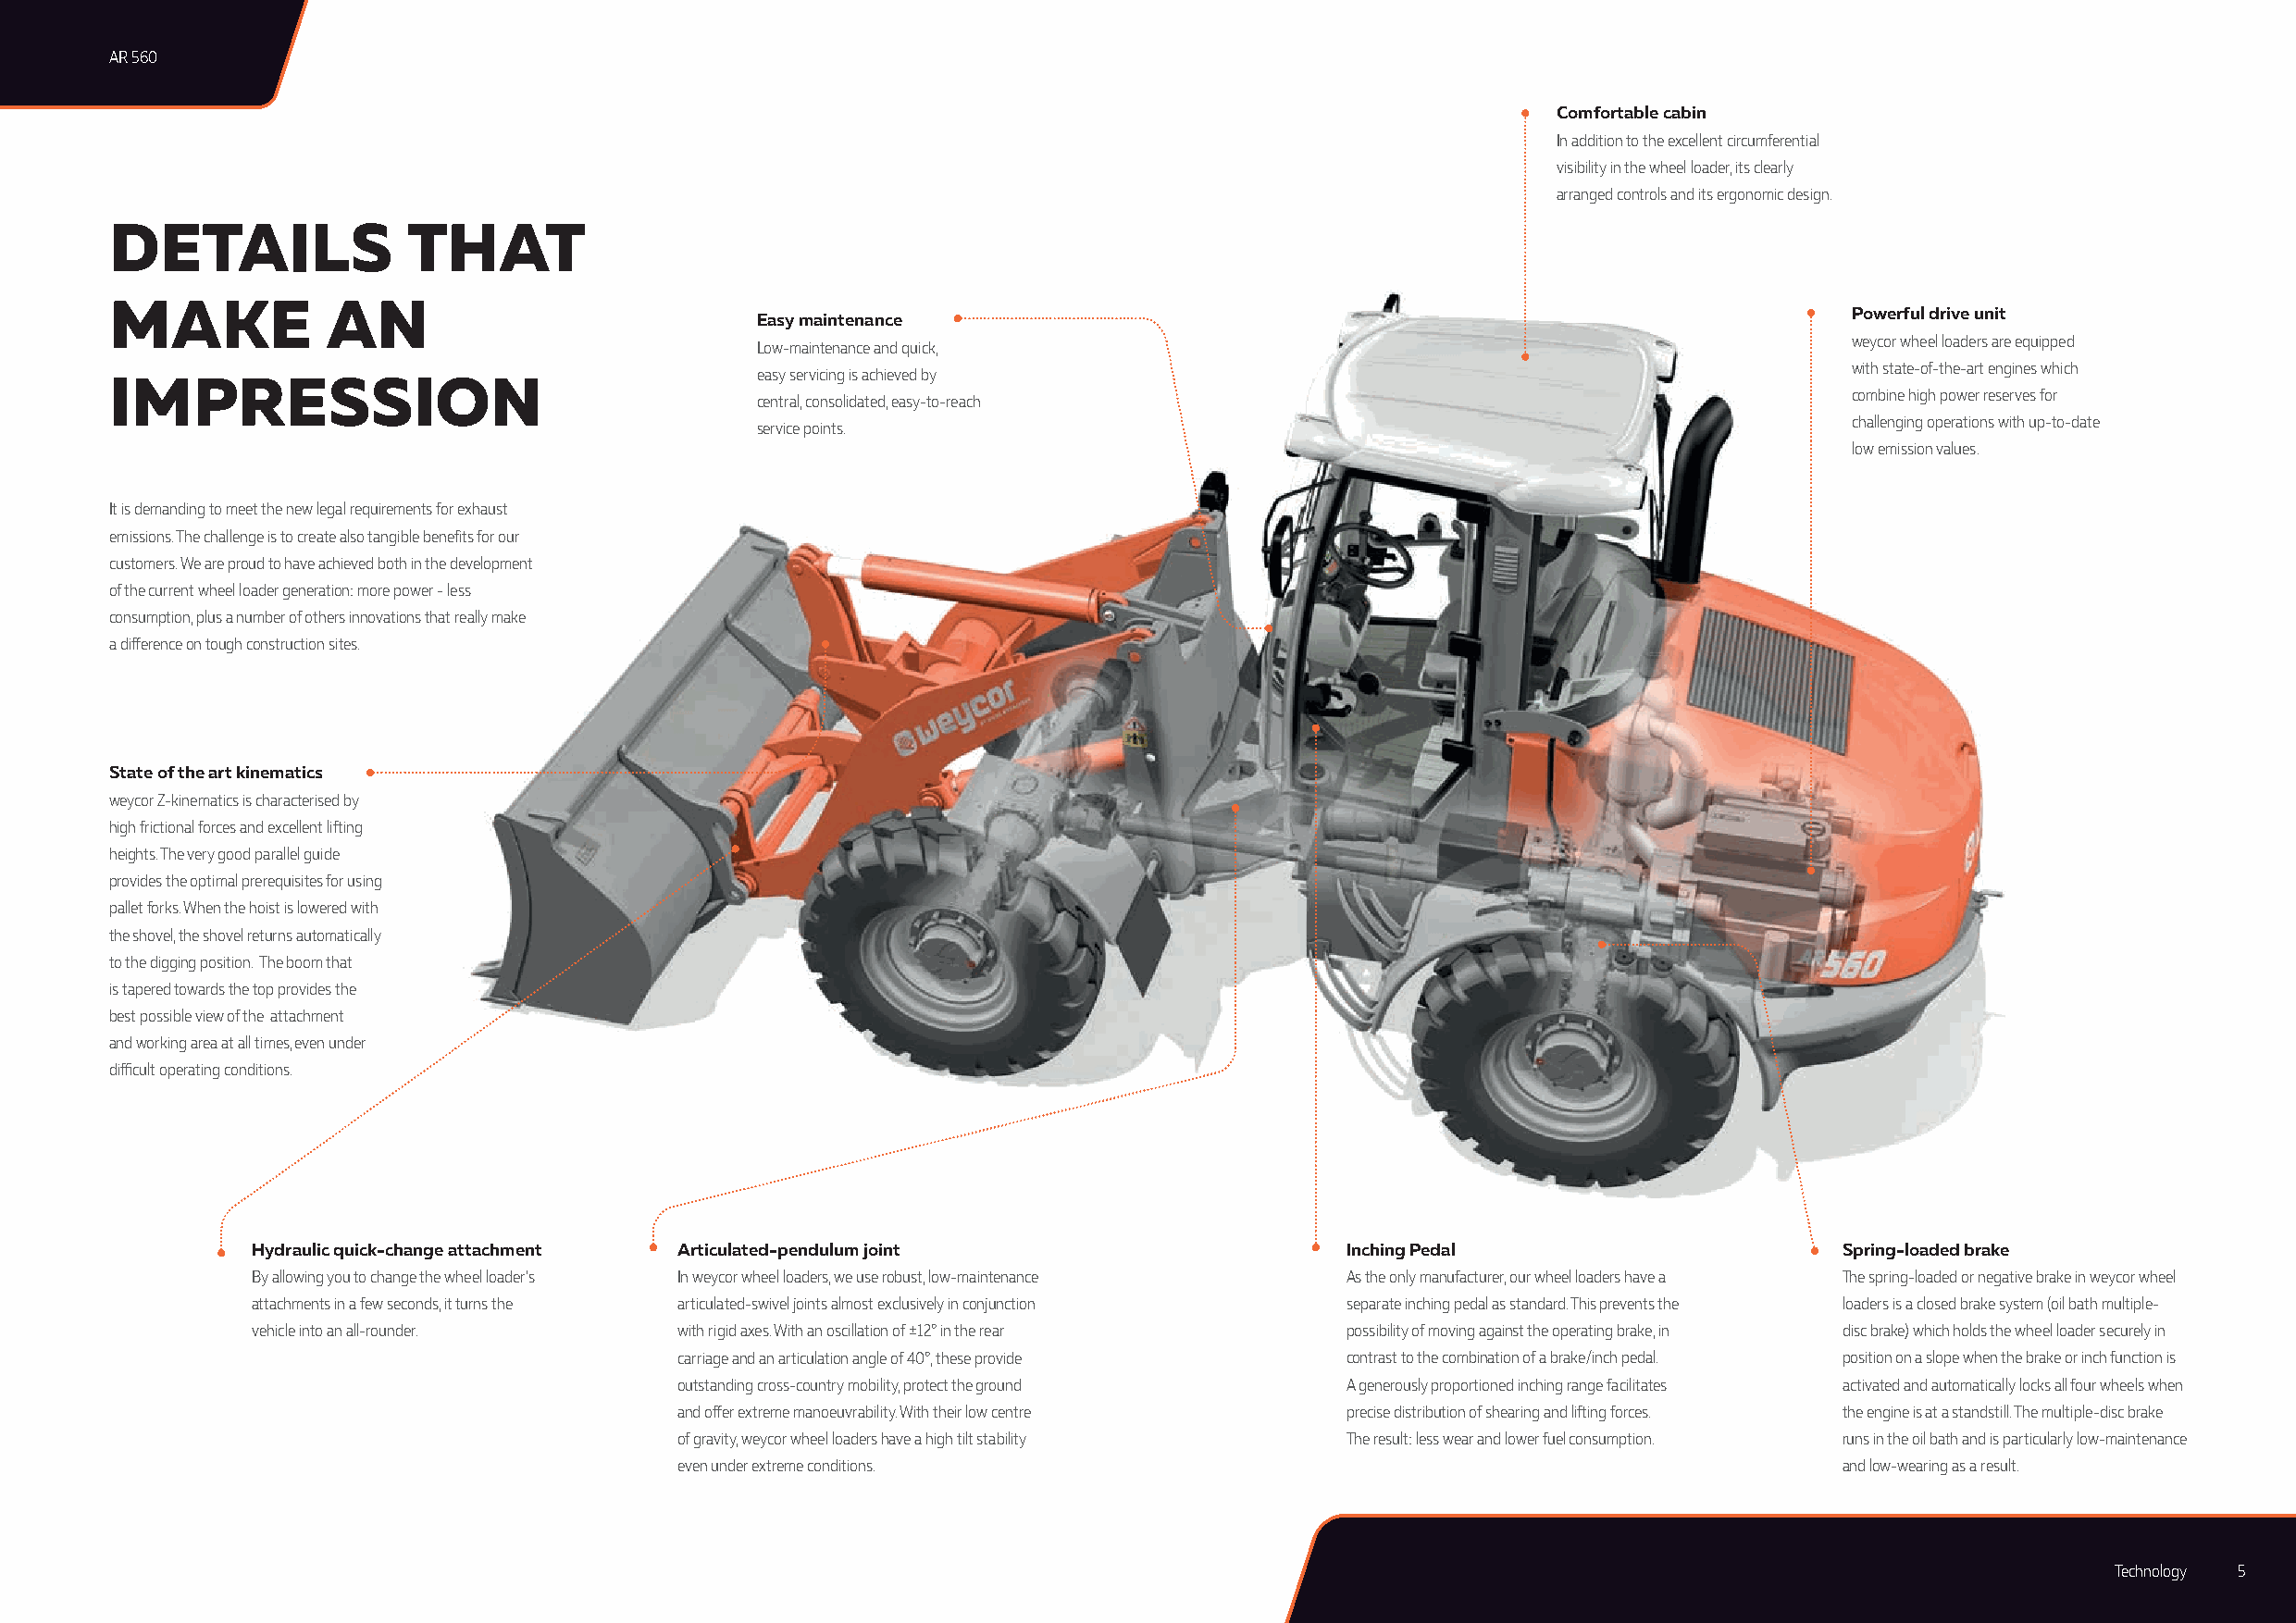
AR 560
 Comfortable cabin
 In addition to the excellent circumferential
 visibility in the wheel loader, its clearly
 arranged controls and its ergonomic design.
 DETAILS              THAT
 MAKE           AN
 Powerful drive unit
 Easy maintenance
 weycor wheel loaders are equipped
 Low-maintenance and quick,
 with state-of-the-art engines which
 easy servicing is achieved by
 IMPRESSION
 combine high power reserves for
 central, consolidated, easy-to-reach
 challenging operations with up-to-date
 service points.
 low emission values.
 It is demanding to meet the new legal requirements for exhaust
 emissions. The challenge is to create also tangible benefits for our
 customers. We are proud to have achieved both in the development
 of the current wheel loader generation: more power - less
 consumption, plus a number of others innovations that really make
 a difference on tough construction sites.
 State of the art kinematics
 weycor Z-kinematics is characterised by
 high frictional forces and excellent lifting
 heights. The very good parallel guide
 provides the optimal prerequisites for using
 pallet forks. When the hoist is lowered with
 the shovel, the shovel returns automatically
 to the digging position. The boom that
 is tapered towards the top provides the
 best possible view of the attachment
 and working area at all times, even under
 difficult operating conditions.
 Hydraulic quick-change attachment Articulated-pendulum joint                  Inching Pedal                       Spring-loaded brake
 By allowing you to change the wheel loader’s In weycor wheel loaders, we use robust, low-maintenance As the only manufacturer, our wheel loaders have a The spring-loaded or negative brake in weycor wheel
 attachments in a few seconds, it turns the articulated-swivel joints almost exclusively in conjunction separate inching pedal as standard. This prevents the loaders is a closed brake system (oil bath multiple-
 vehicle into an all-rounder.  with rigid axes. With an oscillation of ±12° in the rear possibility of moving against the operating brake, in disc brake) which holds the wheel loader securely in
 carriage and an articulation angle of 40°, these provide contrast to the combination of a brake/inch pedal. position on a slope when the brake or inch function is
 outstanding cross-country mobility, protect the ground A generously proportioned inching range facilitates activated and automatically locks all four wheels when
 and offer extreme manoeuvrability. With their low centre precise distribution of shearing and lifting forces. the engine is at a standstill. The multiple-disc brake
 of gravity, weycor wheel loaders have a high tilt stability The result: less wear and lower fuel consumption. runs in the oil bath and is particularly low-maintenance
 even under extreme conditions.                                                      and low-wearing as a result.
 Technology 5